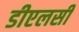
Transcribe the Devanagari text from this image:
डीएलसी